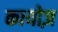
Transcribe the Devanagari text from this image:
कायोज़